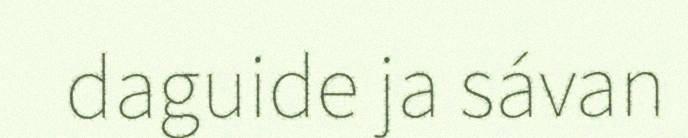
daguide ja sávan